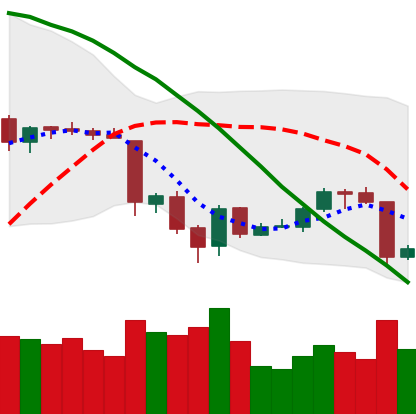
Ticker: ETH-USD
Chart end date: 2018-06-23
Forward return: -10.991%
Label: down_7plus